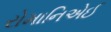
રોમાનિએઈ